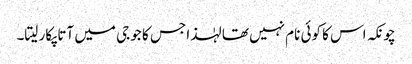
چونکہ اس کا کوئی نام نہیں تھا لہٰذا جس کا جو جی میں آتا پکار لیتا۔